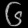
Digit: ၆